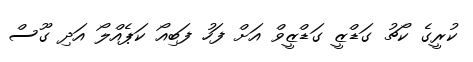
ކުރީގެ ކޯޗު ގަޑްޒީ ގަޑްޒީވް އަށް ފަހު ފަބިއޯ ކަޕެއްލޯ އަދި ގޫސް